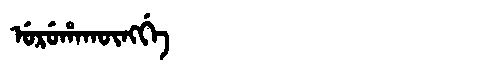
Manchu: ᡠᡵᡠᡥᠠᡴᡡᠩᡤᡝ
Romanization: URUHAKŪNGGE